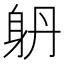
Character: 𨈝